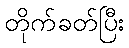
တိုက်ခတ်ပြီး